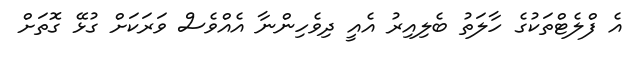
އެ ފްލެޓްތަކުގެ ހާލަތު ބެލިއިރު އެއީ ދިވެހިންނާ އެއްވެސް ވަރަކަށް ގުޅޭ ގޮތަށް